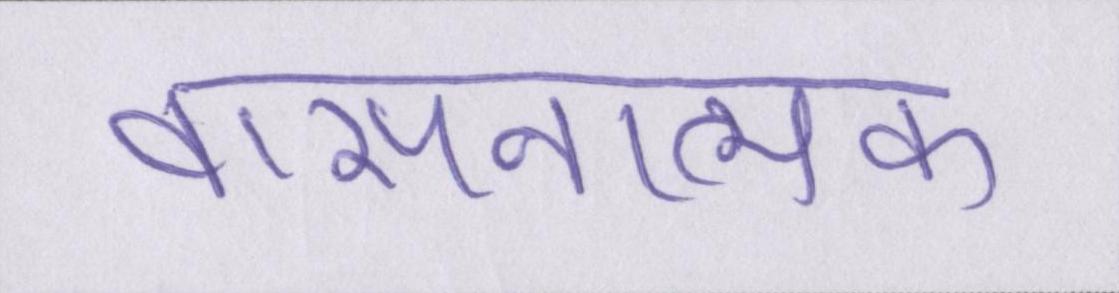
वासनात्मक